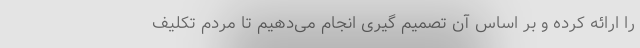
را ارائه کرده و بر اساس آن تصمیم گیری انجام می‌دهیم تا مردم تکلیف